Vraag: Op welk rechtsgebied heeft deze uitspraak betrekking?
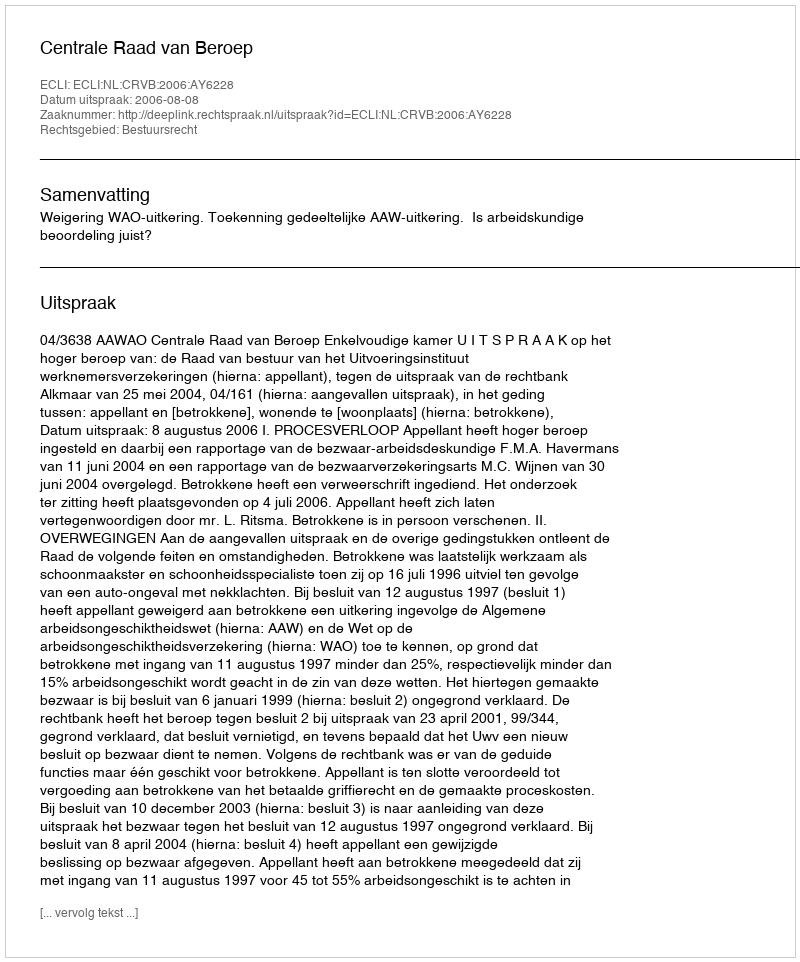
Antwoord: Bestuursrecht